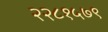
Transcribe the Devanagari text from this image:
२२८१५७९